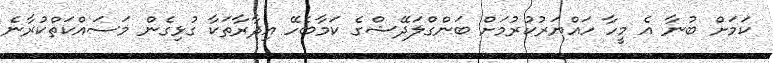
ކަމަށް ބުނާ އެ މީހާ ހައްޔަރުކުރުމަށް ބަންގްލަދޭޝްގެ ކަމާބެހޭ އިދާރާތަކާ ގުޅިގެން މަސައްކަތްކުރާނެ